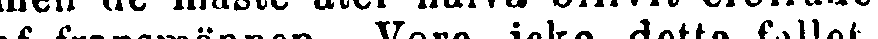
af fransmännen. Vore icke detta fallet,